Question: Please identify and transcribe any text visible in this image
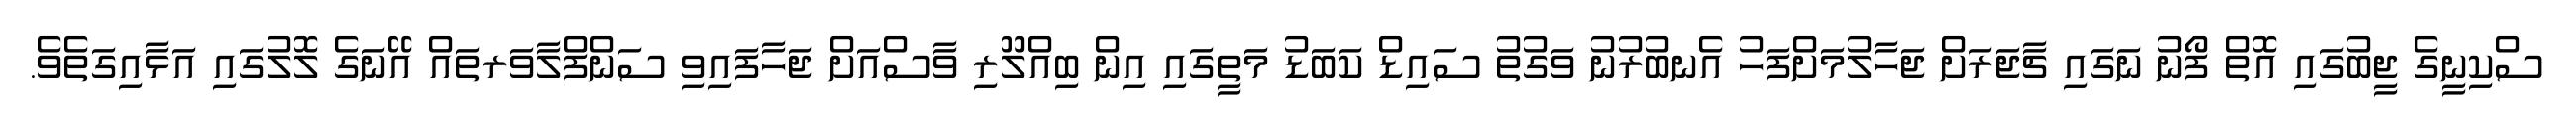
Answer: ސްކިނީގެ ޖީބުގައި އޮތް ފޯނު ނަގައި ޗާޖަރަށް ޖަހާލުމަށްފަހު އެނބުރުނު ވަގުތު ސައިޑް ކަބަޑު މަތީގައި އިން ބިއްލޫރި ވާސްއަށް ޖަހާފައިވި ސަންފްލާވަރތައް އޭނަގެ ލޮލުގައި އަޅާއިގަތެވެ.